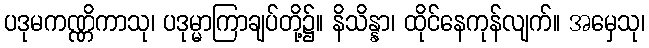
ပဒုမကဏ္ဏိကာသု၊ ပဒုမ္မာကြာချပ်တို့၌။ နိသိန္နာ၊ ထိုင်နေကုန်လျက်။ အမှေသု၊